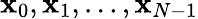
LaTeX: \mathbf{x}_{0},\mathbf{x}_{1},\ldots,\mathbf{x}_{N-1}